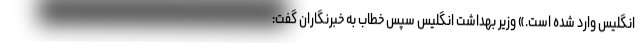
انگلیس وارد شده است.» وزیر بهداشت انگلیس سپس خطاب به خبرنگاران گفت: